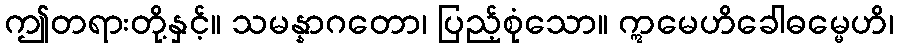
ဤတရားတို့နှင့်။ သမန္နာဂတော၊ ပြည့်စုံသော။ ဣမေဟိခေါဓမ္မေဟိ၊